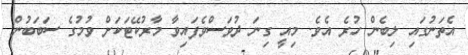
އެތަނުގައި ލިބެން ހުރެ އެވެ. މިއީ ގިނަ ދުވަސްވެފައިވާ މާރުކޭޓަކަށް ވުމުގެ ސަބަބުން